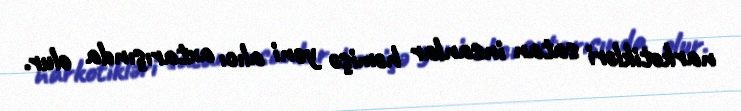
narkotikləri satan insanlar həmişə yeni alıcı axtarışında olur.